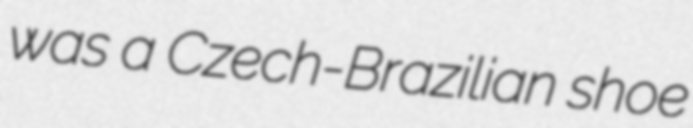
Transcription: was a Czech-Brazilian shoe